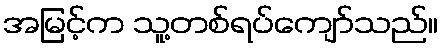
အမြင့်က သူ့တစ်ရပ်ကျော်သည်။